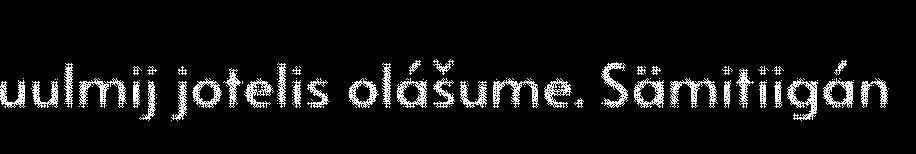
uulmij jotelis olášume. Sämitiigán